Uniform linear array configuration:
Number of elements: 24
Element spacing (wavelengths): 0.5
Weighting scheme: kaiser
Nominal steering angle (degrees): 15
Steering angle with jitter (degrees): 15.513
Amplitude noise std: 0.05
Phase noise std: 0.05

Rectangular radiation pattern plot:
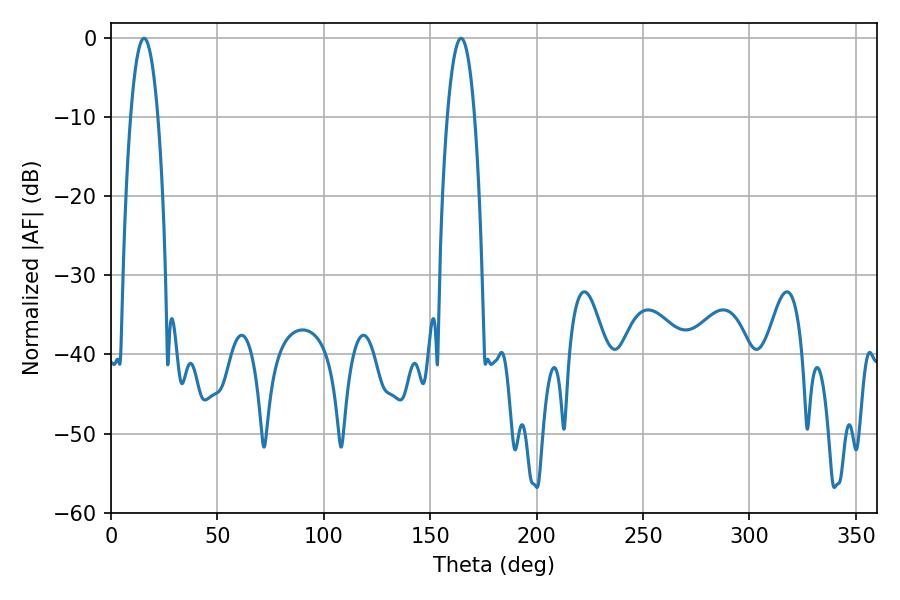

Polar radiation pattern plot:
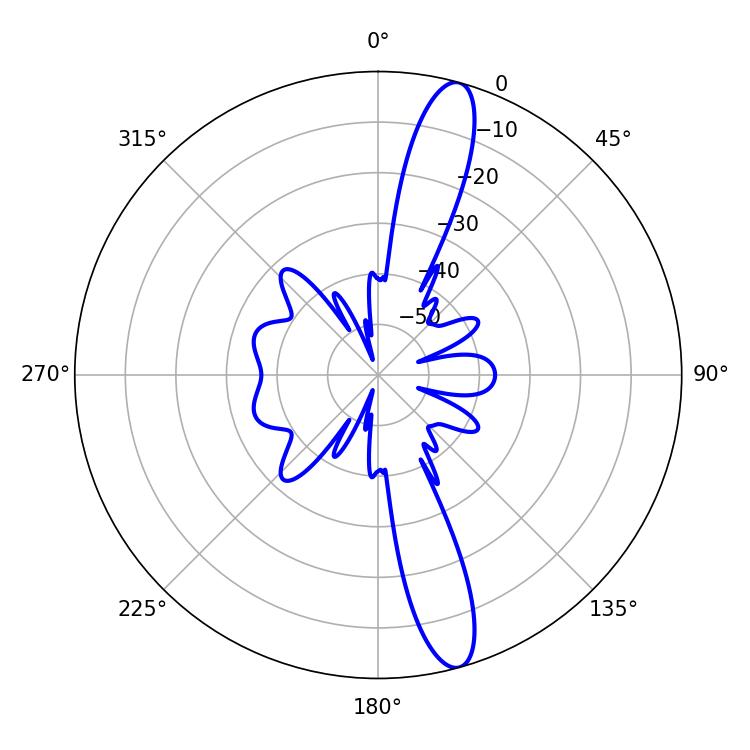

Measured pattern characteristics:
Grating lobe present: FALSE
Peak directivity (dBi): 14.497
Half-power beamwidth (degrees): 7.02
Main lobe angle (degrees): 164.52